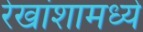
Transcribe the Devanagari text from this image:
रेखांशामध्ये